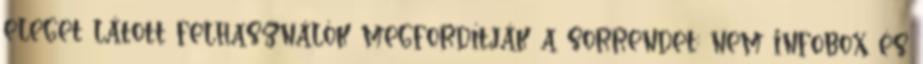
eleget látott felhasználók megfordítják a sorrendet: nem infobox és